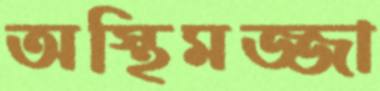
অস্থিমজ্জা